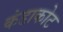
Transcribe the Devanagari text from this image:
कंडाकोट